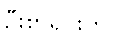
ဦးစာရင်းတွင်